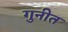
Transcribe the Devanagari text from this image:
गुनीत